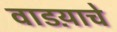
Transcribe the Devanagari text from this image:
वाडय़ाचे